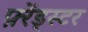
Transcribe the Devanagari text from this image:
फ़्रेंड्स्टर